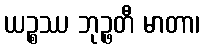
ယဉ္စဿ ဘုဉ္ဖတီ မာတာ၊